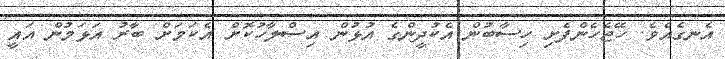
އެނގެއެވެ. ހޭޖެހެންފެށި ހިސާބުން އެކުދީންގެ އުޅުން އިސްލާހުކޮށް އެކަމަށް ބާރު އަޅަމުން އައީ